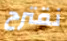
نقترح